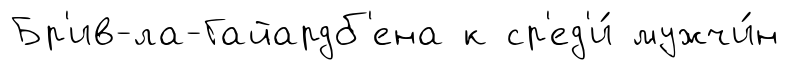
Бр'ив-ла-Гайардб'ена к ср'ед'и́ мужчи́н